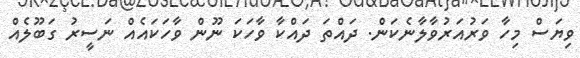
ވިޔަސް މިހާ ވަރުއަރުވާލާނެކަން. ދައްތަ ދައްކާ ވާހަކަ ނޫން ވާހަކައެއް ނަސީރު ގަބޫލެއް